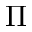
\Pi